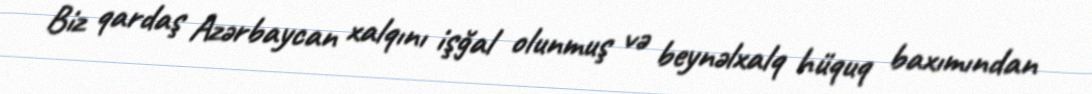
Biz qardaş Azərbaycan xalqını işğal olunmuş və beynəlxalq hüquq baxımından